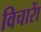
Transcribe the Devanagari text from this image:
विचाराें